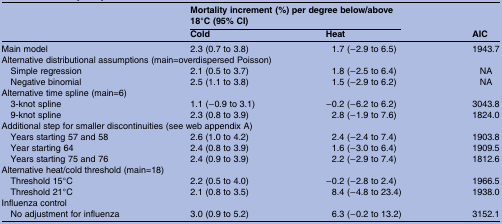
<table><thead><tr><td><b> </b></td><td colspan="2"><b>Mortality increment (%) per degree below/above 18°C (95% CI)</b></td><td></td></tr><tr><td></td><td><b>Cold</b></td><td><b>Heat</b></td><td><b>AIC</b></td></tr></thead><tbody><tr><td>Main model</td><td>2.3 (0.7 to 3.8)</td><td>1.7 (−2.9 to 6.5)</td><td>1943.7</td></tr><tr><td colspan="4">Alternative distributional assumptions (main=overdispersed Poisson)</td></tr><tr><td> Simple regression</td><td>2.1 (0.5 to 3.7)</td><td>1.8 (−2.5 to 6.4)</td><td>NA</td></tr><tr><td> Negative binomial</td><td>2.5 (1.1 to 3.8)</td><td>1.5 (−2.9 to 6.2)</td><td>NA</td></tr><tr><td colspan="4">Alternative time spline (main=6)</td></tr><tr><td> 3-knot spline</td><td>1.1 (−0.9 to 3.1)</td><td>−0.2 (−6.2 to 6.2)</td><td>3043.8</td></tr><tr><td> 9-knot spline</td><td>2.3 (0.8 to 3.9)</td><td>2.8 (−1.9 to 7.6)</td><td>1824.0</td></tr><tr><td colspan="4">Additional step for smaller discontinuities (see web appendix A)</td></tr><tr><td> Years starting 57 and 58</td><td>2.6 (1.0 to 4.2)</td><td>2.4 (−2.4 to 7.4)</td><td>1903.8</td></tr><tr><td> Year starting 64</td><td>2.4 (0.8 to 3.9)</td><td>1.6 (−3.0 to 6.4)</td><td>1909.5</td></tr><tr><td> Years starting 75 and 76</td><td>2.4 (0.9 to 3.9)</td><td>2.2 (−2.9 to 7.4)</td><td>1812.6</td></tr><tr><td colspan="4">Alternative heat/cold threshold (main=18)</td></tr><tr><td> Threshold 15°C</td><td>2.2 (0.5 to 4.0)</td><td>−0.2 (−2.8 to 2.4)</td><td>1966.5</td></tr><tr><td> Threshold 21°C</td><td>2.1 (0.8 to 3.5)</td><td>8.4 (−4.8 to 23.4)</td><td>1938.0</td></tr><tr><td colspan="4">Influenza control</td></tr><tr><td> No adjustment for influenza</td><td>3.0 (0.9 to 5.2)</td><td>6.3 (−0.2 to 13.2)</td><td>3152.1</td></tr></tbody></table>